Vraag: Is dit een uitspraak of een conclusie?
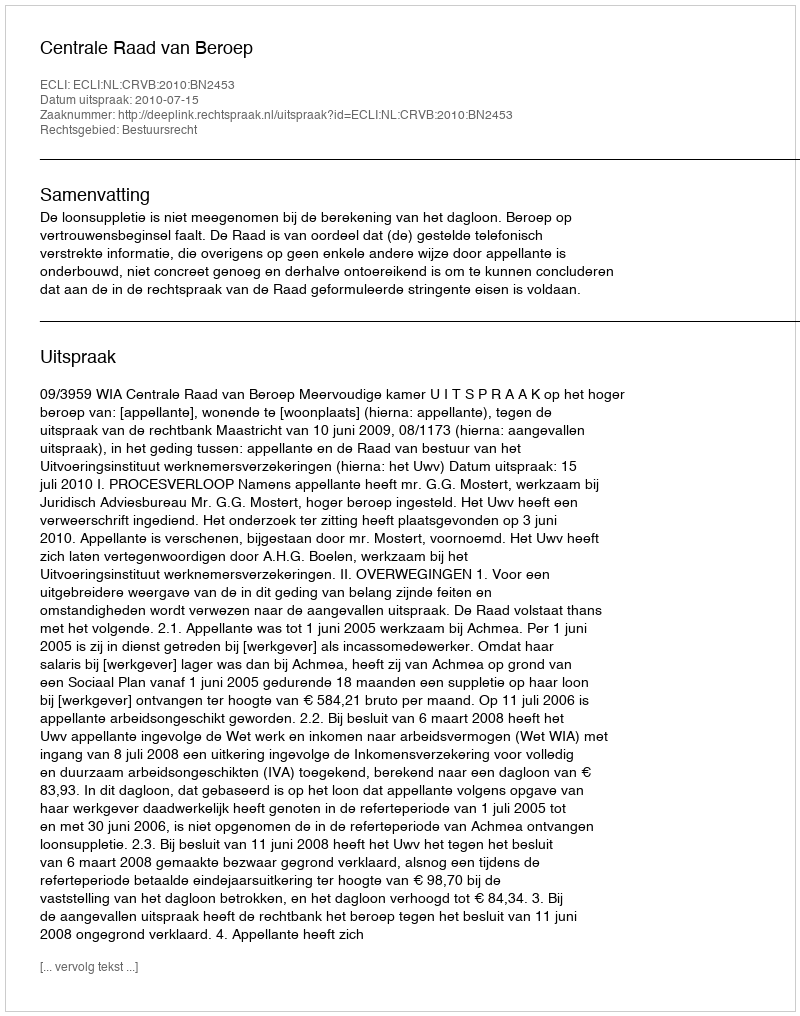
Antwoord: Uitspraak